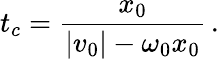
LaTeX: t_{c}=\frac{x_{0}}{|v_{0}|-\omega_{0}x_{0}}\, .